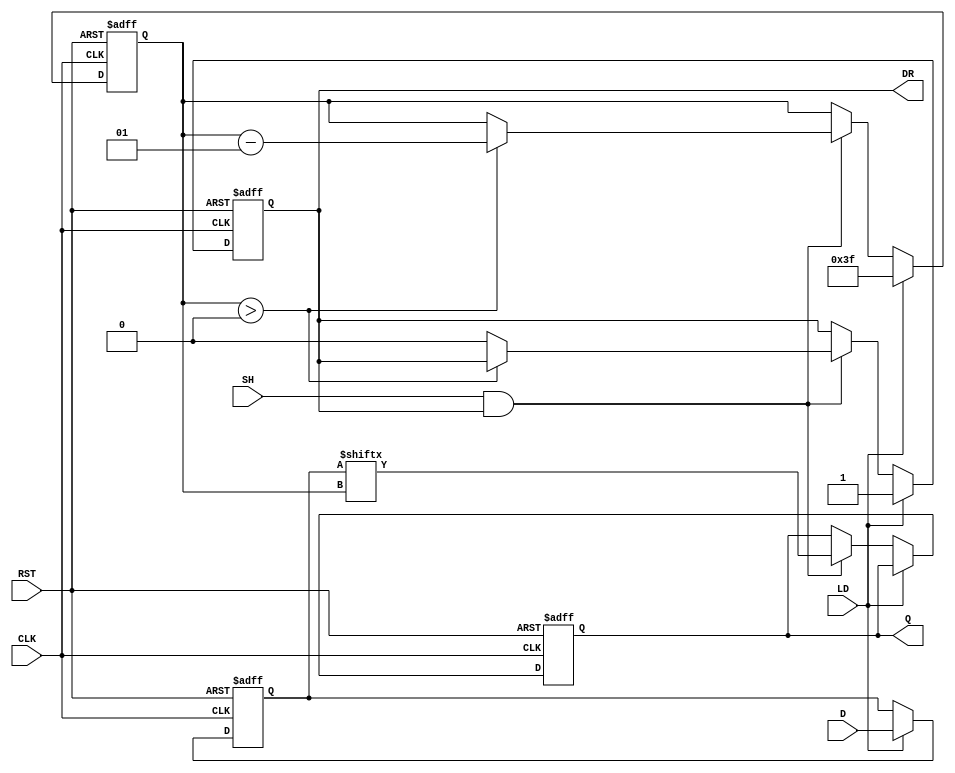
module piso_register (
    input wire [63:0] D,      // 64-bit data input
    input wire LD,            // Load signal
    input wire SH,            // Shift signal
    input wire CLK,           // Clock signal
    input wire RST,           // Asynchronous reset
    output reg Q,             // Serial output
    output reg DR             // Data Ready flag
);
    reg [63:0] shift_reg;     // Internal shift register
    integer count;            // Bit count for shifting

    always @(posedge CLK or posedge RST) begin
        if (RST) begin
            shift_reg <= 64'b0; // Clear the register on reset
            Q <= 1'b0;          // Clear serial output
            DR <= 1'b0;         // Clear Data Ready flag
            count <= 0;         // Reset count
        end else begin
            if (LD) begin
                shift_reg <= D;  // Load data into the register
                DR <= 1'b1;      // Data is ready to be shifted
                count <= 63;     // Start shifting from the LSB
            end else if (SH && DR) begin
                Q <= shift_reg[count];   // Shift out the current bit
                if (count > 0) begin
                    count <= count - 1;   // Decrement count for next bit
                end else begin
                    DR <= 1'b0;            // No more data to shift out
                end
            end
        end
    end
endmodule